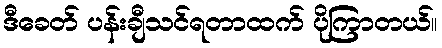
ဒီခေတ် ပန်းချီသင်ရတာထက် ပိုကြာတယ်။